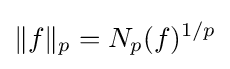
\|f\|_{p}=N_{p}(f)^{1/p}